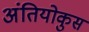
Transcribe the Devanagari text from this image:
अंतियोकुस